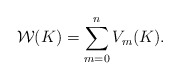
\begin{align*}\mathcal{W}(K) = \sum_{m=0}^n V_m(K).\end{align*}